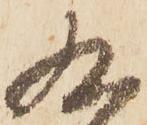
九